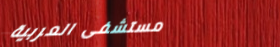
مستشفى العربية